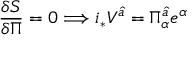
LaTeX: \frac { \delta S } { \delta \Pi } = 0 \Longrightarrow i _ { * } V ^ { \widehat { a } } = \Pi _ { \alpha } ^ { \widehat { a } } e ^ { \alpha }